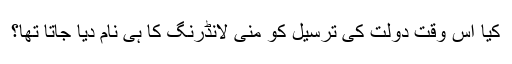
کیا اس وقت دولت کی ترسیل کو منی لانڈرنگ کا ہی نام دیا جاتا تھا؟